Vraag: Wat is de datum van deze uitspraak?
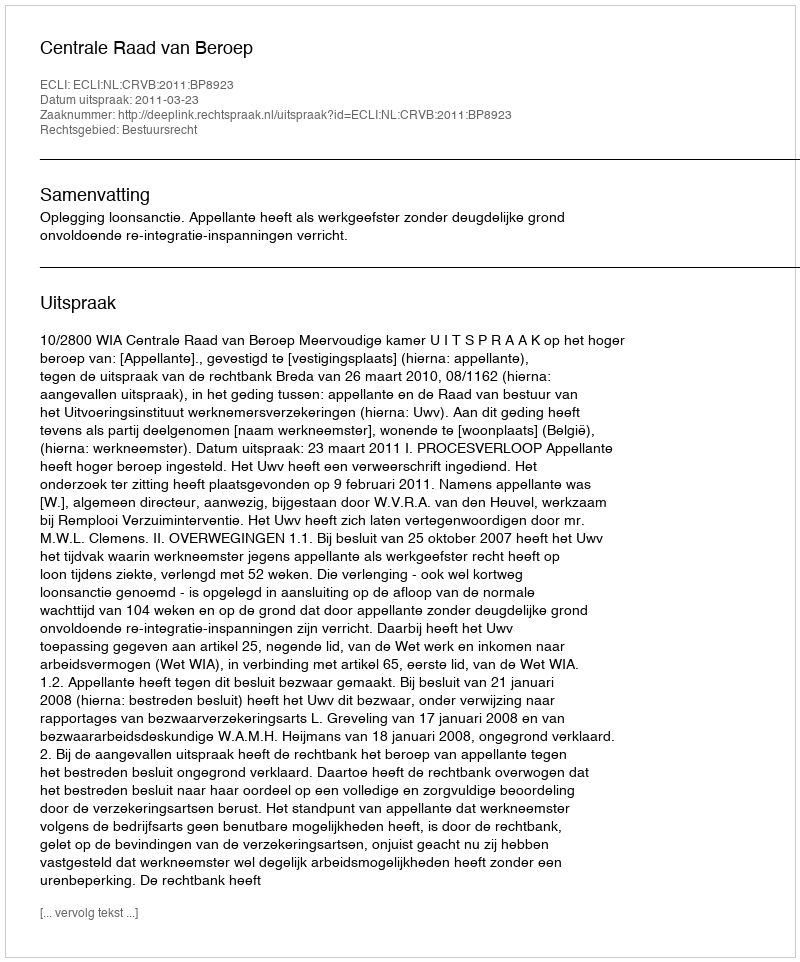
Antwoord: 2011-03-23